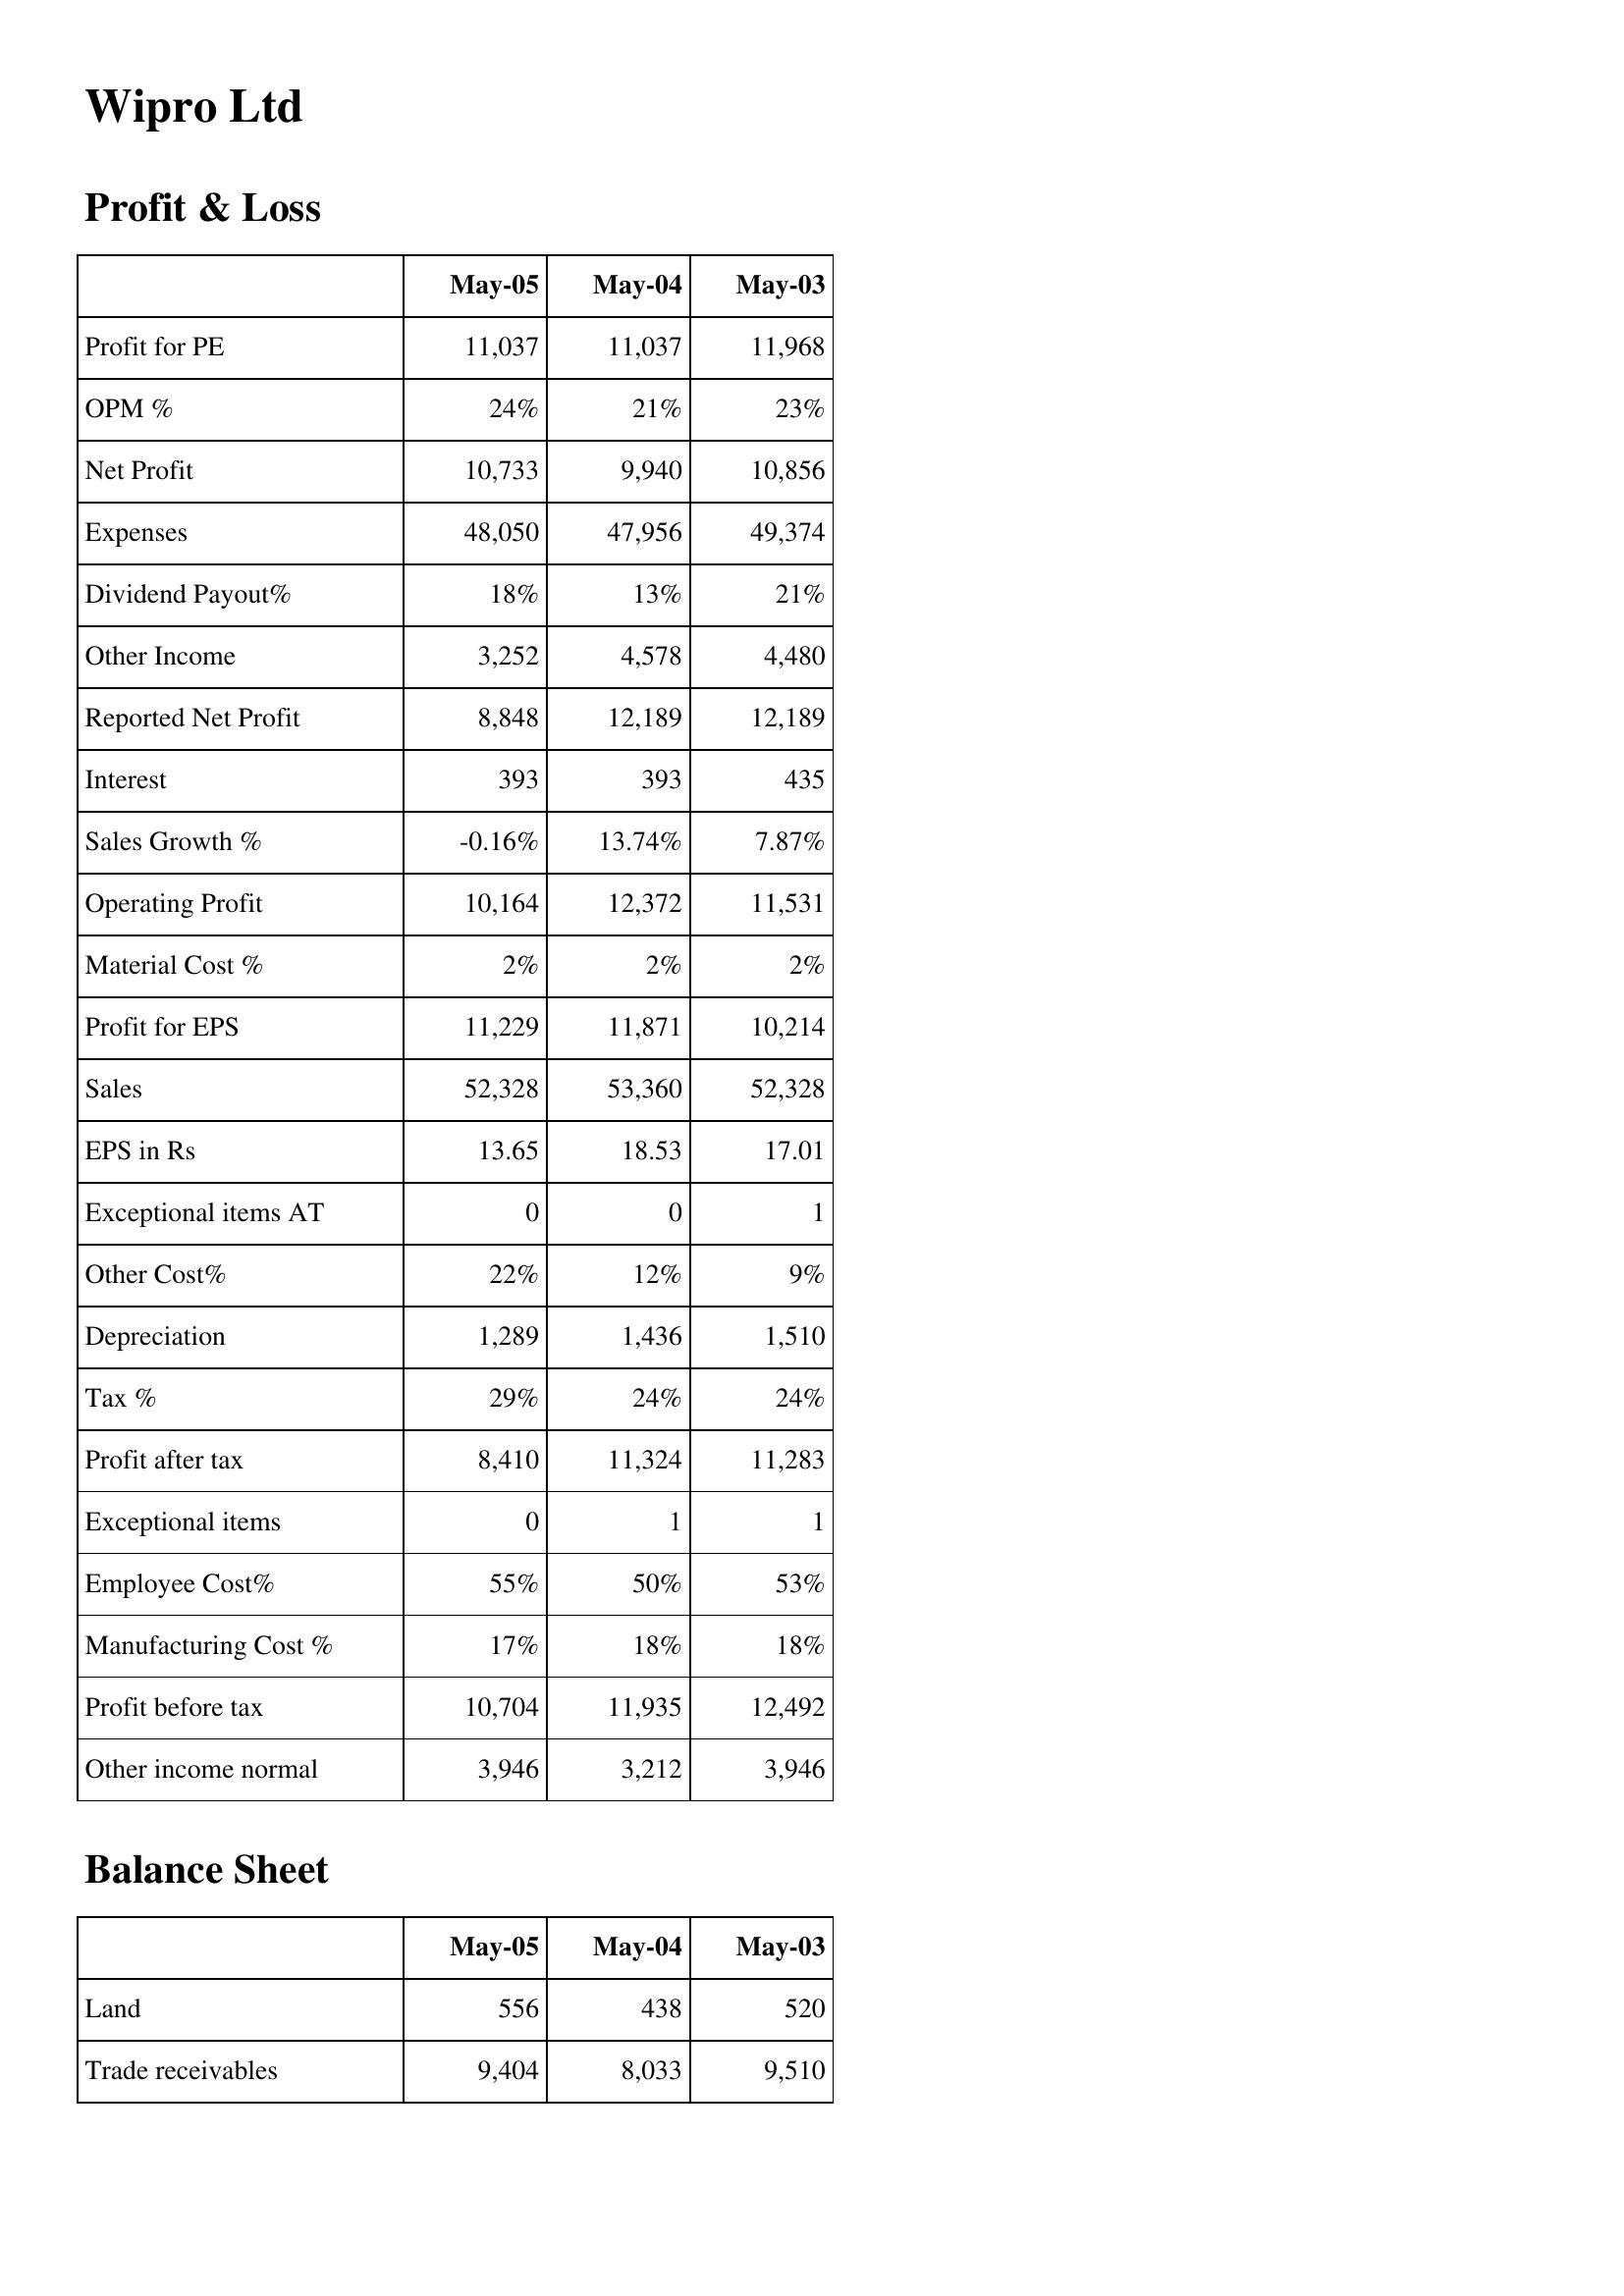
May-05: Profit & Loss: Profit for PE: 11,037
OPM %: 24%
Net Profit: 10,733
Expenses: 48,050
Dividend Payout%: 18%
Other Income: 3,252
Reported Net Profit: 8,848
Interest: 393
Sales Growth %: -0.16%
Operating Profit: 10,164
Material Cost %: 2%
Profit for EPS: 11,229
Sales: 52,328
EPS in Rs: 13.65
Exceptional items AT: 0
Other Cost%: 22%
Depreciation: 1,289
Tax %: 29%
Profit after tax: 8,410
Exceptional items: 0
Employee Cost%: 55%
Manufacturing Cost %: 17%
Profit before tax: 10,704
Other income normal: 3,946
Balance Sheet: Land: 556
Trade receivables: 9,404
May-04: Profit & Loss: Profit for PE: 11,037
OPM %: 21%
Net Profit: 9,940
Expenses: 47,956
Dividend Payout%: 13%
Other Income: 4,578
Reported Net Profit: 12,189
Interest: 393
Sales Growth %: 13.74%
Operating Profit: 12,372
Material Cost %: 2%
Profit for EPS: 11,871
Sales: 53,360
EPS in Rs: 18.53
Exceptional items AT: 0
Other Cost%: 12%
Depreciation: 1,436
Tax %: 24%
Profit after tax: 11,324
Exceptional items: 1
Employee Cost%: 50%
Manufacturing Cost %: 18%
Profit before tax: 11,935
Other income normal: 3,212
Balance Sheet: Land: 438
Trade receivables: 8,033
May-03: Profit & Loss: Profit for PE: 11,968
OPM %: 23%
Net Profit: 10,856
Expenses: 49,374
Dividend Payout%: 21%
Other Income: 4,480
Reported Net Profit: 12,189
Interest: 435
Sales Growth %: 7.87%
Operating Profit: 11,531
Material Cost %: 2%
Profit for EPS: 10,214
Sales: 52,328
EPS in Rs: 17.01
Exceptional items AT: 1
Other Cost%: 9%
Depreciation: 1,510
Tax %: 24%
Profit after tax: 11,283
Exceptional items: 1
Employee Cost%: 53%
Manufacturing Cost %: 18%
Profit before tax: 12,492
Other income normal: 3,946
Balance Sheet: Land: 520
Trade receivables: 9,510